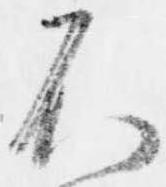
不